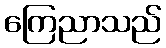
ကြေညာသည်